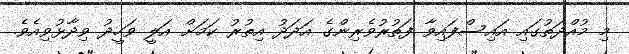
މި މުއްދަތުގައި އައިސްފައިވާ ފަތުރުވެރިންގެ އަދަދު އިތުރު ކަމަށް އަލީ ވަހީދު ވިދާޅުވިއެވެ.